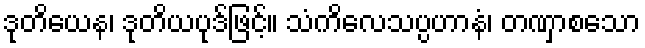
ဒုတိယေန၊ ဒုတိယပုဒ်ဖြင့်။ သံကိလေသပ္ပဟာနံ၊ တဏှာစသော